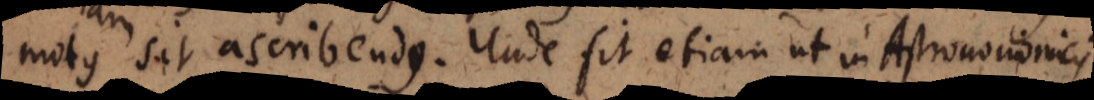
motus sit ascribendus. Unde fit etiam ut in Astronomicis